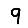
Digit: 9